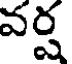
వర్ష